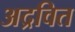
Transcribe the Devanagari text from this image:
अद्रवित